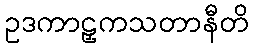
ဥဒကာဠှကသတာနီတိ